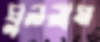
ঘুললাম